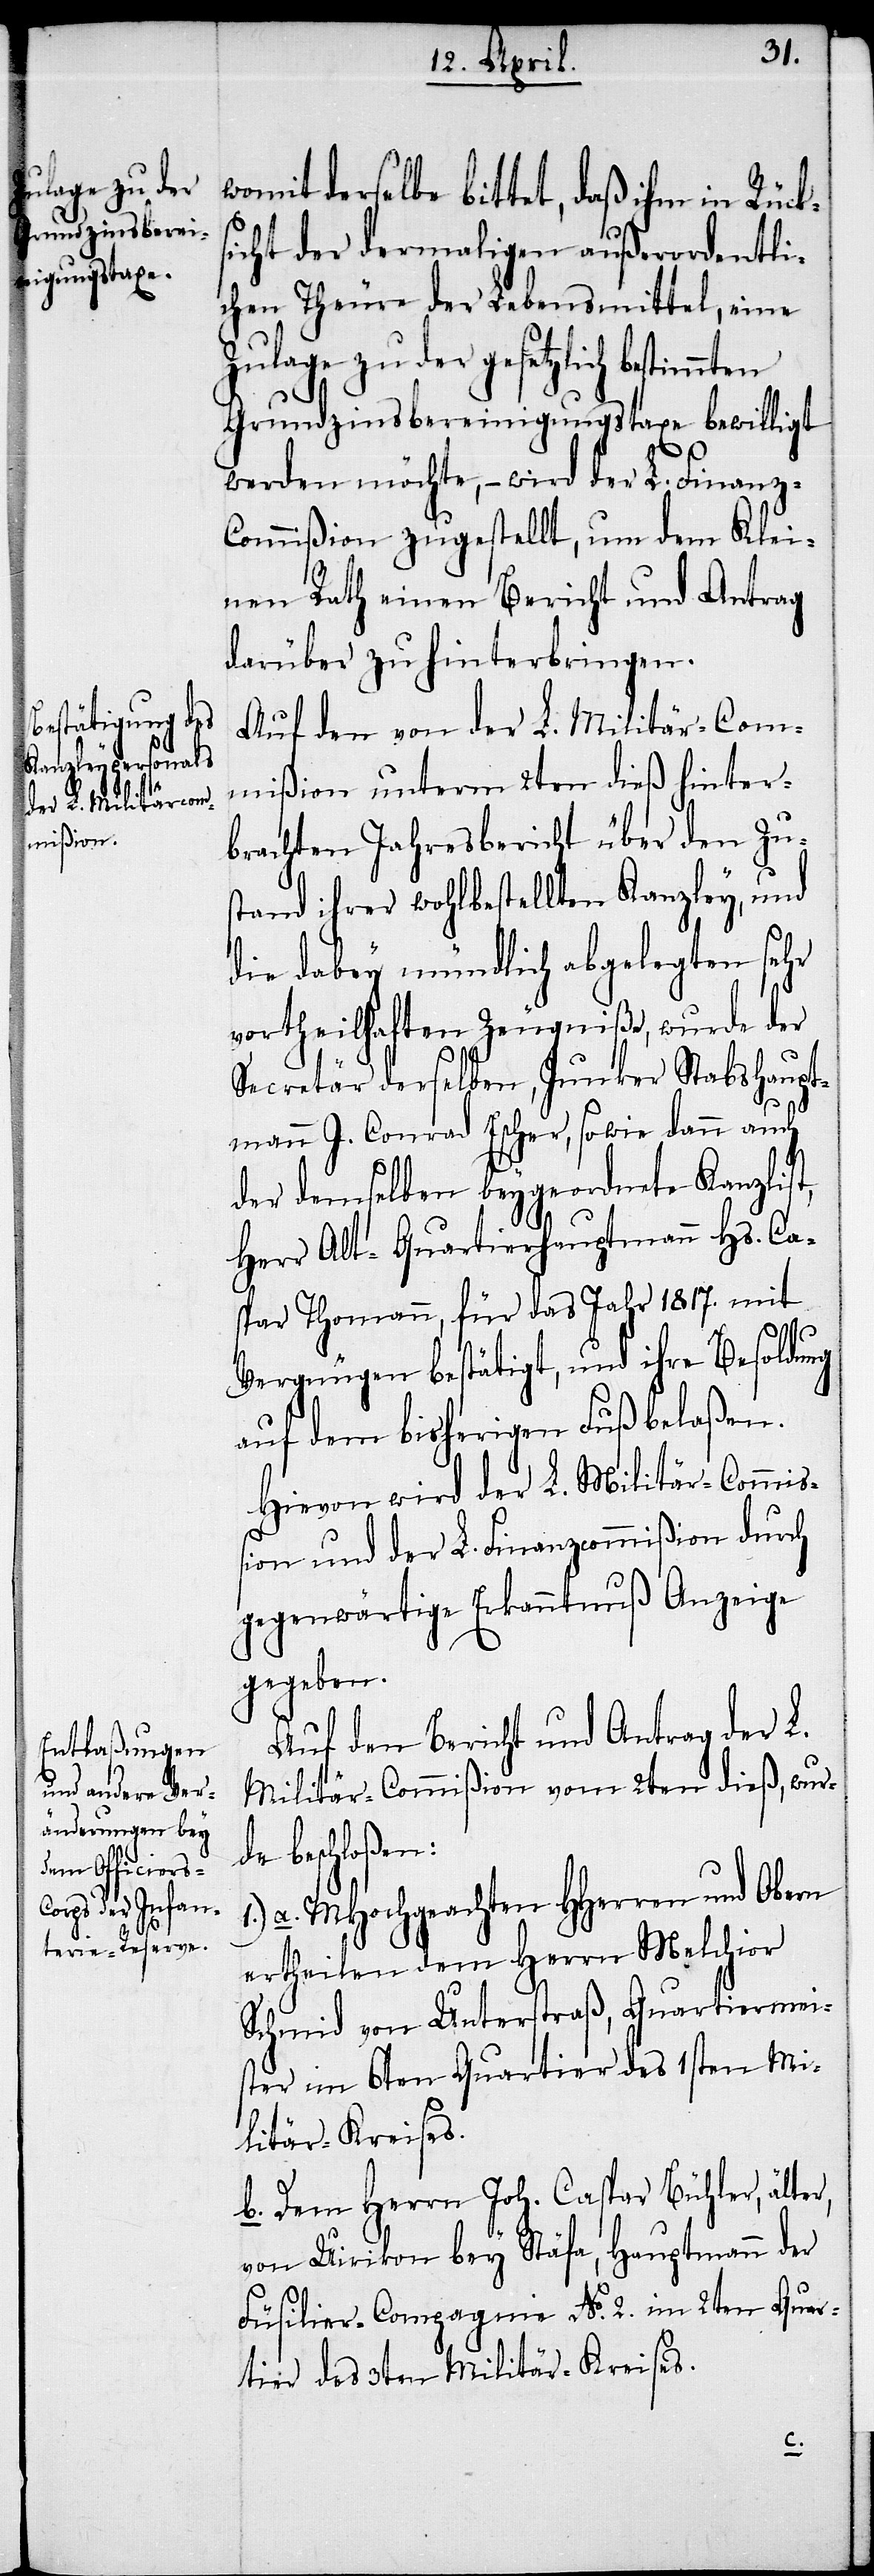
womit derselbe bittet, daß ihm in Rücks¬
icht der dermaligen außerordentli¬
chen Theure der Lebensmittel, eine
Zulage zu der gesetzlich bestimmten
Grundzinsbereinigungstaxe bewilligt
werden möchte, – wird der L. Finanz-C¬
ommißion zugestellt, um dem Klei¬
nen Rath einen Bericht und Antrag
darüber zu hinterbringen.
Auf den von der L. Militär-Com¬
mißion unterm 2ten dieß hinter¬
brachten Jahresbericht über den Zu¬
stand ihrer wohlbestellten Kanzley, und
die dabey mündlich abgelegten sehr
vortheilhaften Zeugniße, wurde der
Secretär derselben, Junker Stabshaupt¬
mann J. Conrad Escher, sowie dann auch
der demselben beygeordnete Kanzlist,
Herr Alt-Quartierhauptmann Hs. Ca¬
spar Thomann, für das Jahr 1817. mit
Vergnügen bestätigt, und ihre Besoldung
auf dem bisherigen Fuß belaßen.
Hievon wird der L. Militär-Commiß¬
ion und der L. Finanzcommißion durch
gegenwärtige Erkanntnuß Anzeige
gegeben.
Auf den Bericht und Antrag der L.
Militär-Commißion vom 2ten dieß, wur¬
de beschloßen:
a. MHochgeachten HHerren und Obern
ertheilen dem Herrn Melchior
Schmid von Unterstraß, Quartiermei¬
ster im 6ten Quartier des 1sten Mi¬
litär-Kreises.
b. Dem Herrn Joh. Caspar Bühler, älter,
von Uirikon bey Stäfa, Hauptmann der
Füsilier-Compagnie No. 2. im 2ten Quar¬
tier des 3ten Militär-Kreises.